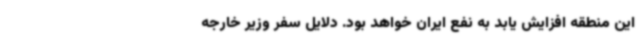
این منطقه افزایش یابد به نفع ایران خواهد بود. دلایل سفر وزیر خارجه